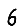
Digit: 6